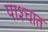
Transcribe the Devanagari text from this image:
पाश्‍चात